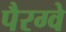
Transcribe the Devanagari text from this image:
पैरग्वे